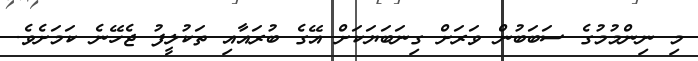
މި ނިންމުމުގެ ސަބަބުން ވަރަށް ގިނަބަޔަކަށް އޭގެ ބުރައާއި ތަކުލީފު ޖެހޭނެ ކަމަށެވެ.